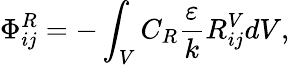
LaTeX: \Phi_{ij}^{R}=-\int_{V}C_{R}\frac{\varepsilon}{k}R_{ij}^{V}dV,